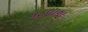
પડવાના